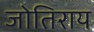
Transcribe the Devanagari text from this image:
जोतिराय